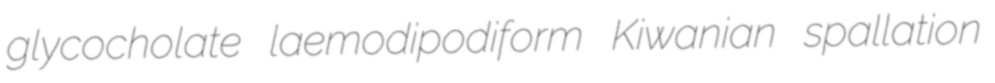
glycocholate laemodipodiform Kiwanian spallation